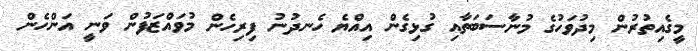
މީގެއިތުރުން މިދުވަހުގެ މުނާސަބަތާއި ގުޅިގެން އިއްޔެ ހެނދުނު ފިރިހެން މުވައްޒަފުން ވަނީ އަންހެން